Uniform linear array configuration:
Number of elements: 4
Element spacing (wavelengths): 0.75
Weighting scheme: exponential
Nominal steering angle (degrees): -30
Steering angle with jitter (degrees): -31.521
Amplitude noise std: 0.05
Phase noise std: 0.05

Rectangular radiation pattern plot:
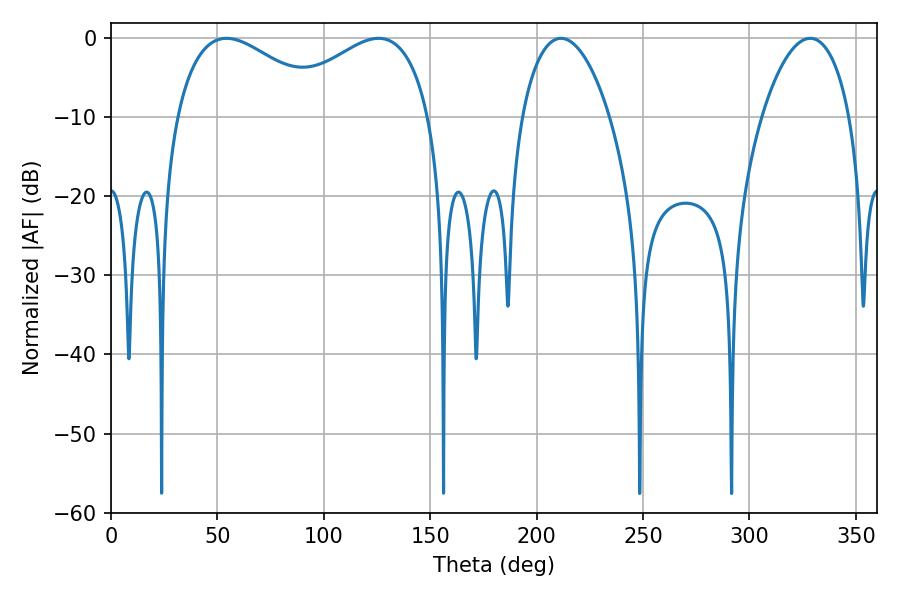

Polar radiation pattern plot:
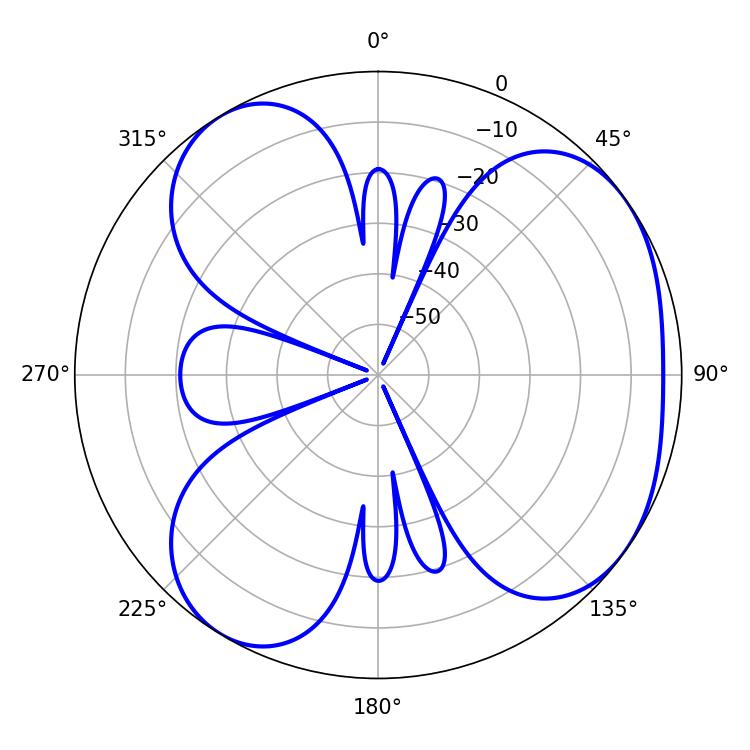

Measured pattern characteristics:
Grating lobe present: TRUE
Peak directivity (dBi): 4.705
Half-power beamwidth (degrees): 39.6
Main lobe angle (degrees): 54.36